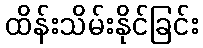
ထိန်းသိမ်းနိုင်ခြင်း